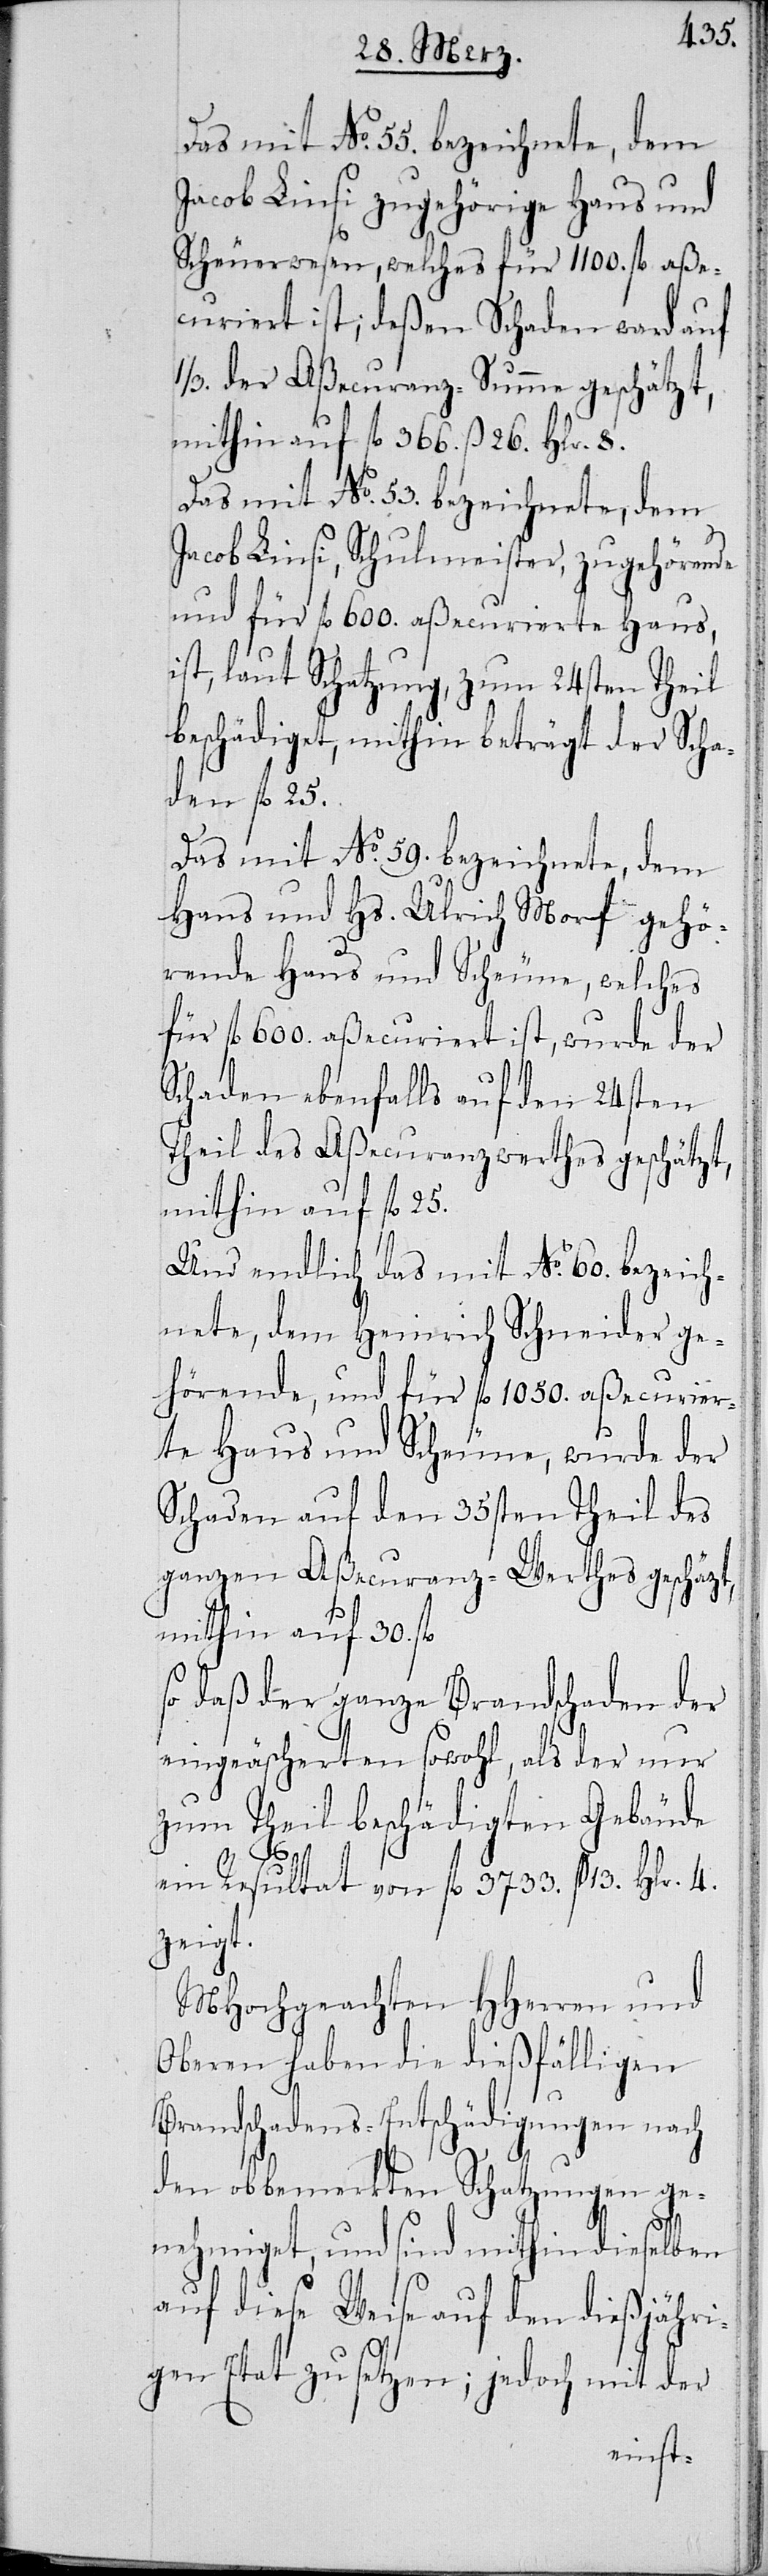
Jacob Linsi zugehörige Haus und
Scheuerwesen, welches für 1100. fl. aße¬
curiert ist; deßen Schaden ward auf
1/3. der Aßecuranz-Summe geschätzt,
mithin auf fl. 366. ß 26. Hlr. 8.
Das mit No. 53 bezeichnete, dem
Jacob Linsi, Schulmeister, zugehörende
und für fl. 600. aßecurierte Haus,
ist, laut Schatzung, zum 24sten Theil
beschädiget, mithin beträgt der Scha¬
den fl. 25.
Das mit No. 59 bezeichnete, dem
Hans und Hs. Ulrich Morf gehö¬
rende Haus und Scheune, welches
für fl. 600. aßecuriert ist, wurde der
Schaden ebenfalls auf den 24sten
Theil des Aßecuranzwerthes geschätzt,
mithin auf fl. 25.
Und endlich das mit No. 60. bezeich¬
nete, dem Heinrich Schneider ge¬
hörende, und für fl. 1050. aßecurier¬
te Haus und Scheune, wurde der
Schaden auf den 35sten Theil des
ganzen Aßecuranz-Werthes geschät¬
mithin auf 30.
so daß der ganze Brandschaden der
eingeäscherten sowohl, als der nur
zum Theil beschädigten Gebäude
zt,
ein Resultat von fl. 3733. ß 13. Hlr. 4.
zeigt.
MHochgeachten HHerren und
Oberen haben die dießfälligen
Brandschadens-Entschädigungen nach
den obbemerkten Schatzungen ge¬
nehmiget, und sind mithin dieselben
auf diese Weise auf den dießjähri¬
gen Etat zu setzen; jedoch mit der